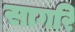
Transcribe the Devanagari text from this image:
सागरि